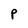
Character: P